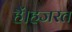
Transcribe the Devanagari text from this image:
हैं।हजरत